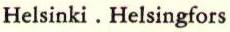
Helsinki . Helsingfors